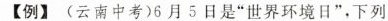
【例】(云南中考)6月5日是”世界环境日”，下列